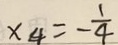
x _ { 4 } = - \frac { 1 } { 4 }